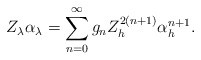
\begin{align*}Z_{\lambda}\alpha_{\lambda}=\sum_{n=0}^{\infty}g_{n}Z_{h}^{2(n+1)}\alpha_{h}^{n+1}.\end{align*}